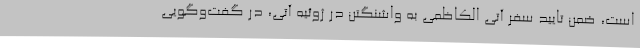
است، ضمن تایید سفر آتی الکاظمی به واشنگتن در ژوئیه آتی، در گفت‌وگویی